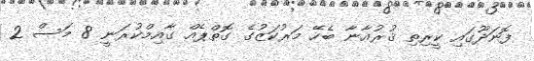
ފޮނަދޫގައި ކީރިތި ޤުރުއާނާ ބެހޭ މަރުކަޒުގެ ގޮތްޕެއް ގާއިމްކުރަނީ 8 މަސް 2